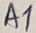
Text: A1